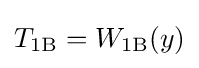
T_{\text{1B}}=W_{\text{1B}}(y)